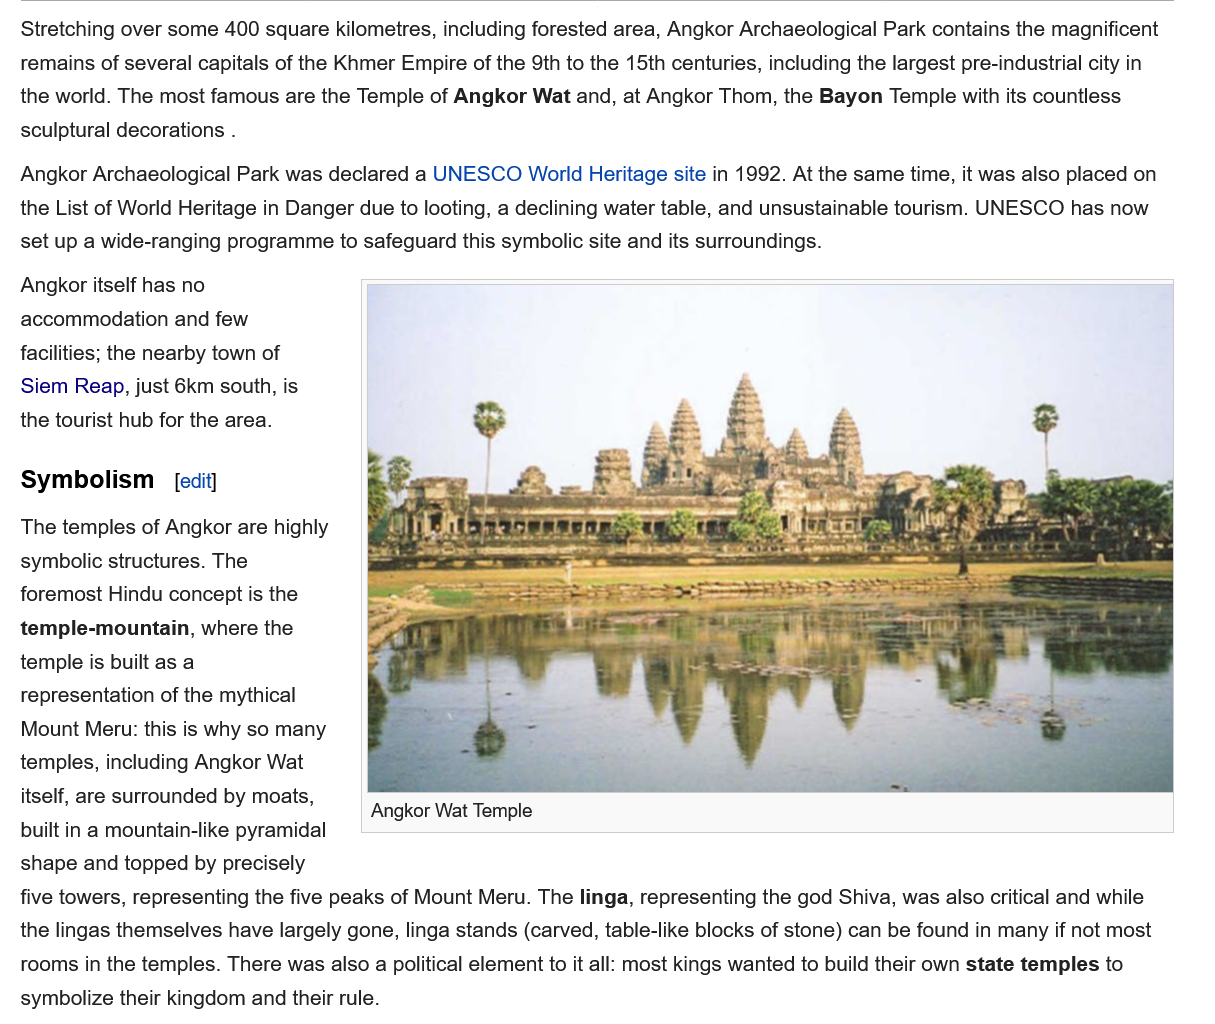
Angkor Archaeological Park was declared a UNESCO World Heritage site in 1992. At the same time, it was also placed on
  the List of World Heritage in Danger due to looting, a declining water table, and unsustainable tourism. UNESCO has now
  set up a wide-ranging programme to safeguard this symbolic site and its surroundings.
  Angkor itself has no
  accommodation  and few
  facilities; the nearby town of
  Siem  Reap, just 6km south, is
  the tourist hub for the area.
  Symbolism
  The temples of Angkor are highly
  symbolic structures. The
  foremost Hindu concept is the
  temple-mountain,  where the
  temple is built as a
   representation of the mythical
   Mount Meru: this is why so many
  temples, including Angkor Wat
   itself, are surrounded by moats,
   built in a mountain-like pyramidal
  shape and topped by precisely
  five towers, representing the five peaks of Mount Meru. The linga, representing the god Shiva, was also critical and while
  the lingas themselves have largely gone, linga stands (carved, table-like blocks of stone) can be found in many if not most
   rooms in the temples. There was also a political element to it all: most kings wanted to build their own state temples to
  symbolize their kingdom and their rule.
     Angkor Wat Temple
     [edit]
  Stretching over some 400 square kilometres, including forested area, Angkor Archaeological Park contains the magnificent
   remains of several capitals of the Khmer Empire of the 9th to the 15th centuries, including the largest pre-industrial city in
  the world. The most famous are the Temple of Angkor Wat and, at Angkor Thom, the Bayon Temple with its countless
  sculptural decorations .